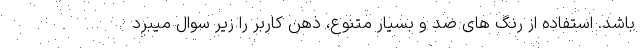
باشد. استفاده از رنگ های ضد و بسیار متنوع، ذهن کاربر را زیر سوال میبرد